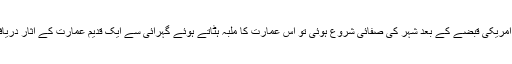
عراق پر امریکی قبضے کے بعد شہر کی صفائی شروع ہوئی تو اس عمارت کا ملبہ ہٹاتے ہوئے گہرائی سے ایک قدیم عمارت کے آثار دریافت ہوئے۔